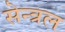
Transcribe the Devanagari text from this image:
सेन्त्रल